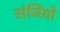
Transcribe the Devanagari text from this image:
संजियो